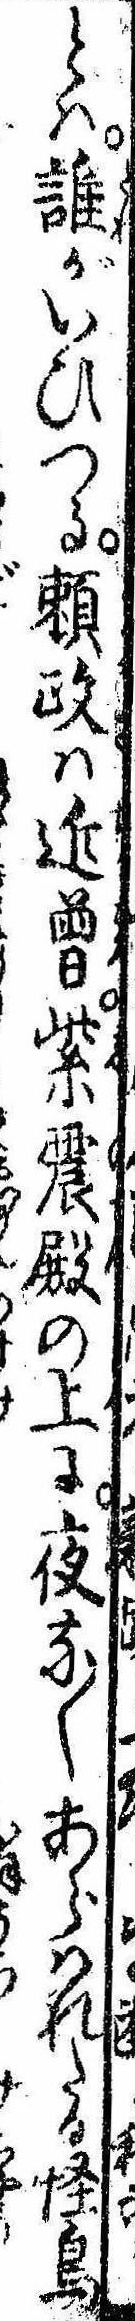
とは誰がいひつる頼政は近曽紫震殿の上に夜な〱あらはれたる怪鳥